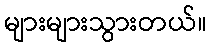
များများသွားတယ်။